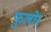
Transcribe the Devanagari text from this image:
फुलोर